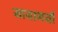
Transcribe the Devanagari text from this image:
सायागयी